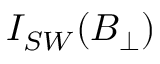
I _ { S W } ( B _ { \bot } )